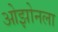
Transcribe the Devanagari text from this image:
ओझोनला